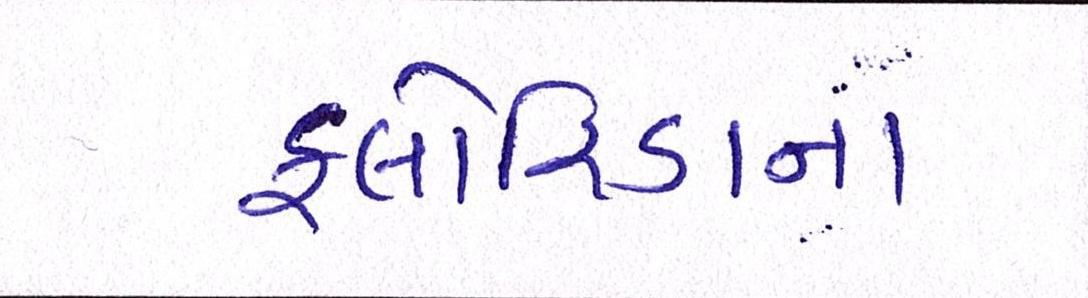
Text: ફ્લોરિડાના